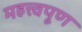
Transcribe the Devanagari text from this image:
महत्त्वपूण